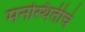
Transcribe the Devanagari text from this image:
मनस्थितीचे